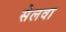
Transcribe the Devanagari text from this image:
सेलवा